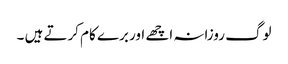
لوگ روزانہ اچھے اور برے کام کرتے ہیں ۔